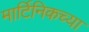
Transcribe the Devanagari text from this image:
मार्टिनिकच्या